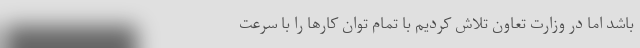
باشد اما در وزارت تعاون تلاش کردیم با تمام توان کارها را با سرعت